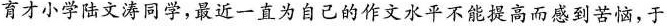
育才小学陆文涛同学，最近一直为自己的作文水平不能提高而感到苦恼，于